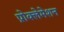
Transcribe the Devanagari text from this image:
प्रोक्लेमेशन